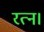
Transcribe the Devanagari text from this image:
रत्न।